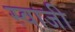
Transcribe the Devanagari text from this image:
स्वाजी